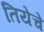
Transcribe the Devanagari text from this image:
तियेचे